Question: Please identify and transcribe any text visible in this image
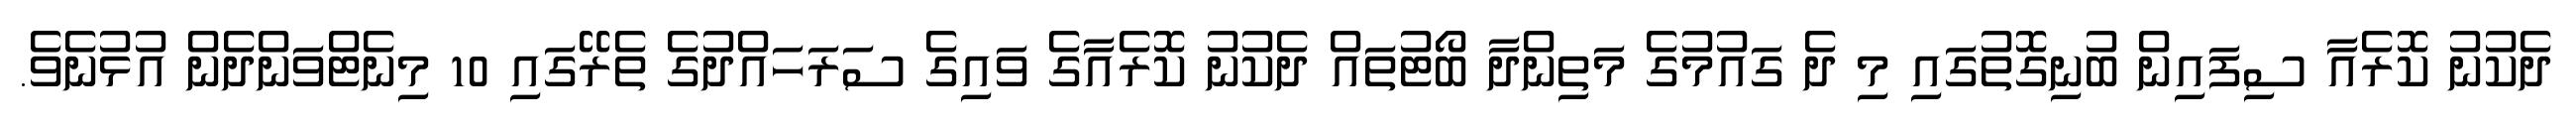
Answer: ދެކުނު ކޮރެއާ ސިފައިން ބުނިގޮތުގައި މި ދެ ގައުމުގެ މަތިންދާ ބޯޓުތައް ދެކުނު ކޮރެއާގެ ވައިގެ ސަރަހައްދުގެ ތެރޭގައި 10 މިނެޓްވަންދެން އުޅުނެވެ.